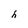
Character: h